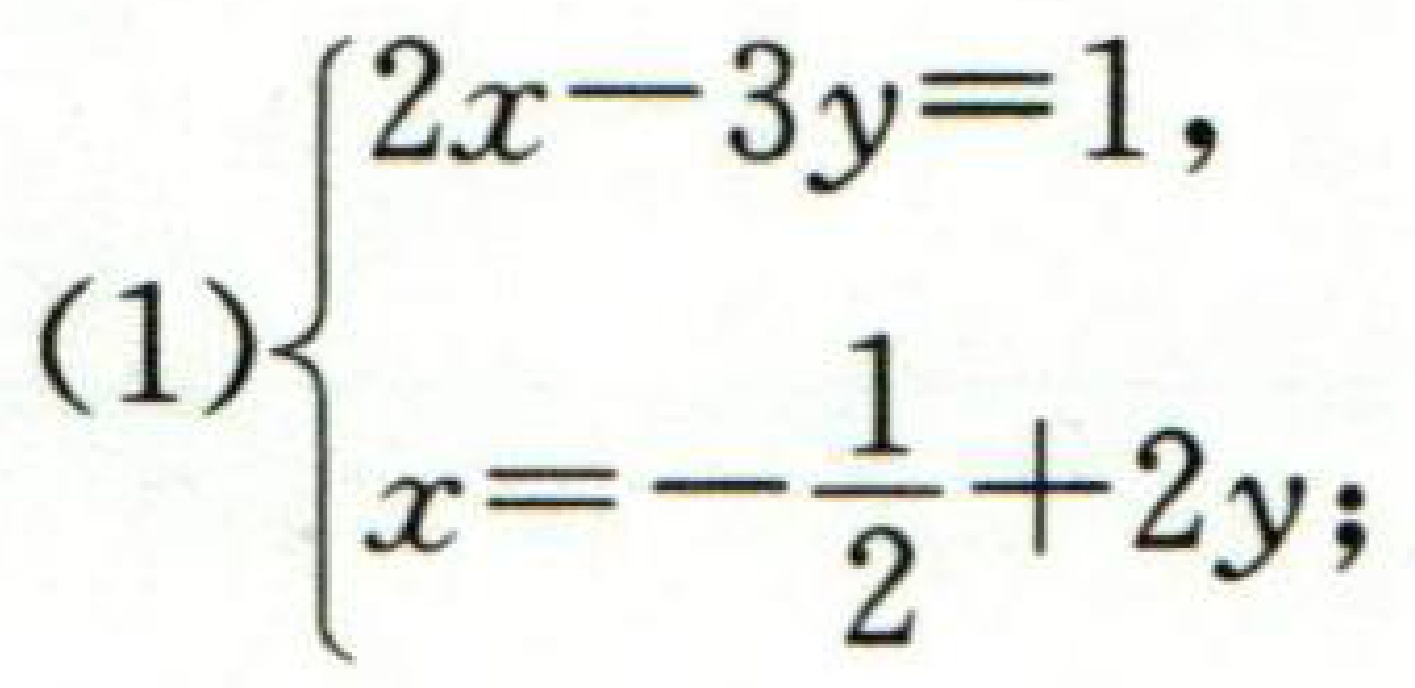
\[(1)\begin{cases}2x - 3y = 1,\\x = -\dfrac{1}{2}+2y;\end{cases}\]